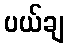
ပယ်ချ